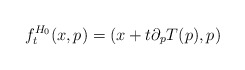
\begin{align*}f_{t}^{H_{0}}(x,p)=(x+t\partial_{p}T(p),p) \end{align*}